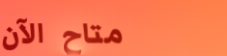
متاح الآن